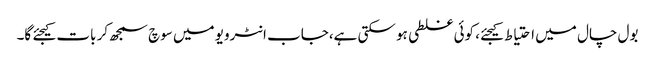
بول چال میں احتیاط کیجئے، کوئی غلطی ہو سکتی ہے،جاب انٹرویو میں سوچ سمجھ کر بات کیجئے گا۔